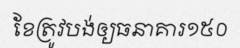
ខែត្រូវបង់ឲ្យធនាគារ១៥០